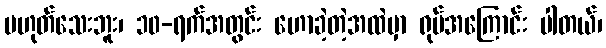
မဟုတ်သေးဘူး၊ ၁၀-ရက်အတွင်း ဟောခဲ့တဲ့အထဲမှာ ရုပ်အကြောင်း ပါတယ်၊